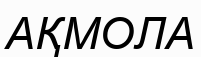
АҚМОЛА